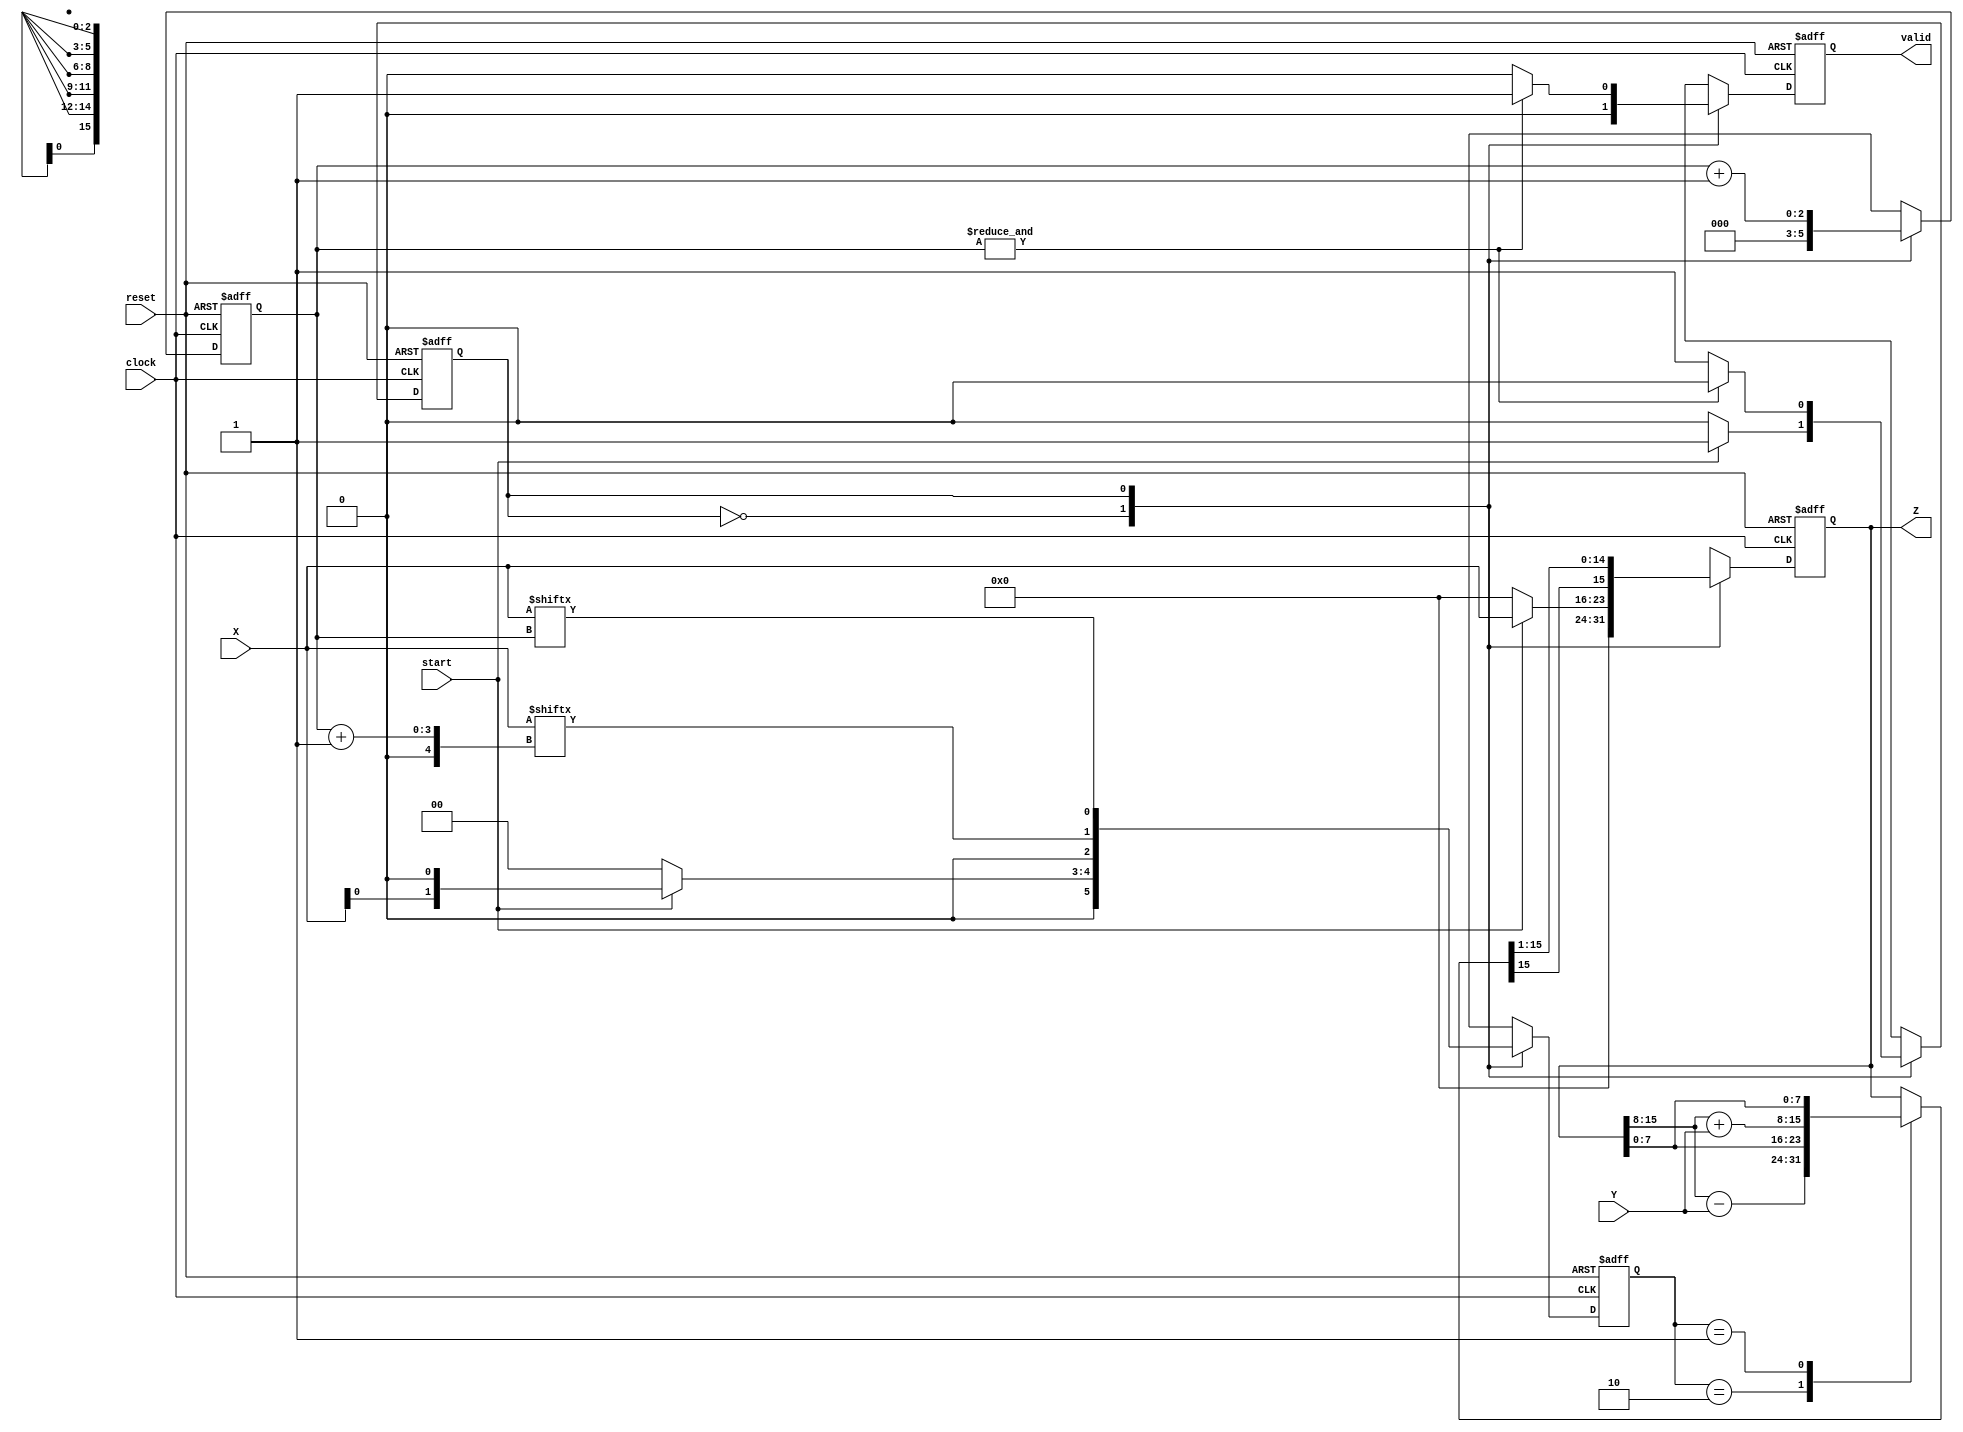
module Booth_Multiplier(clock,reset,start,X,Y,valid,Z);

input clock;
input reset;
input start;

input signed [7:0]X,Y;
output signed [15:0]Z;
output valid;

reg signed [15:0] Z,next_Z,Z_temp;
reg next_state, present_state;
reg [2:0] temp,next_temp;
reg [2:0] count,next_count;
reg valid, next_valid;

parameter IDLE = 1'b0;
parameter START = 1'b1;

always @ (posedge clock or negedge reset)
begin
if(!reset)
   begin
   Z          <= 16'd0;
   valid      <= 1'b0;
   present_state <= 1'b0;
   temp       <= 2'd0;
   count      <= 2'd0;
   end

else
   begin
   Z          <= next_Z;
   valid      <= next_valid;
   present_state <= next_state;
   temp       <= next_temp;
   count      <= next_count;
   end
end

always @ (*)
begin 
case(present_state)

IDLE:
begin
next_count = 2'b0;
next_valid = 1'b0;
if(start)
   begin
      next_state = START;
      next_temp  = {X[0],1'b0};
      next_Z     = {8'd0,X};
   end
else
   begin
      next_state = present_state;
      next_temp  = 4'd0;
      next_Z     = 16'd0;
   end
end

START:
begin
    case(temp)
    4'b10:   Z_temp = {Z[15:8]-Y,Z[7:0]};
    4'b01:   Z_temp = {Z[15:8]+Y,Z[7:0]};
    default: Z_temp = {Z[15:8],Z[7:0]};
    endcase
next_temp  = {X[count+1],X[count]};
next_count = count + 1'b1;
next_Z     = Z_temp >>> 1;
next_valid = (&count) ? 1'b1 : 1'b0; 
next_state = (&count) ? IDLE : present_state;	
end
endcase
end
endmodule